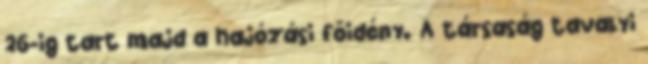
26-ig tart majd a hajózási főidény. A társaság tavalyi